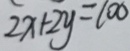
2 x + 2 y = 1 0 0